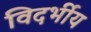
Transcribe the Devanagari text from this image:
विदर्भीय